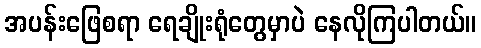
အပန်းဖြေစရာ ရေချိုးရုံတွေမှာပဲ နေလိုကြပါတယ်။